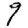
Digit: 9